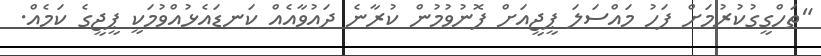
"ތަހްގީގުކުރުމަށް ފަހު މައްސަލަ ޕީޖީއަށް ފޮނުވުމުން ކުރާނެ ދައުވާއެއް ކަނޑައެޅުއްވުމަކީ ޕީޖީގެ ކަމެއް.